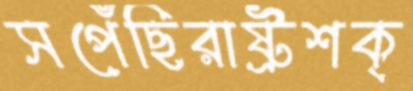
সপেঁছিরাষ্ট্রশক্